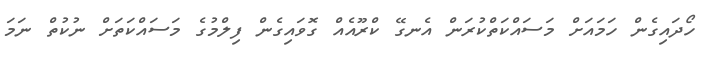
ހޯދައިގެން ހަމައަށް މަސައްކަތްކުރަން އެނގޭ ކްރޫއެއް ގޮވައިގެން ފިލްމުގެ މަސައްކަތަށް ނުކުތް ނަމަ